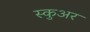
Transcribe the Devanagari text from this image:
स्कुअर